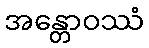
အန္တောဝဿံ